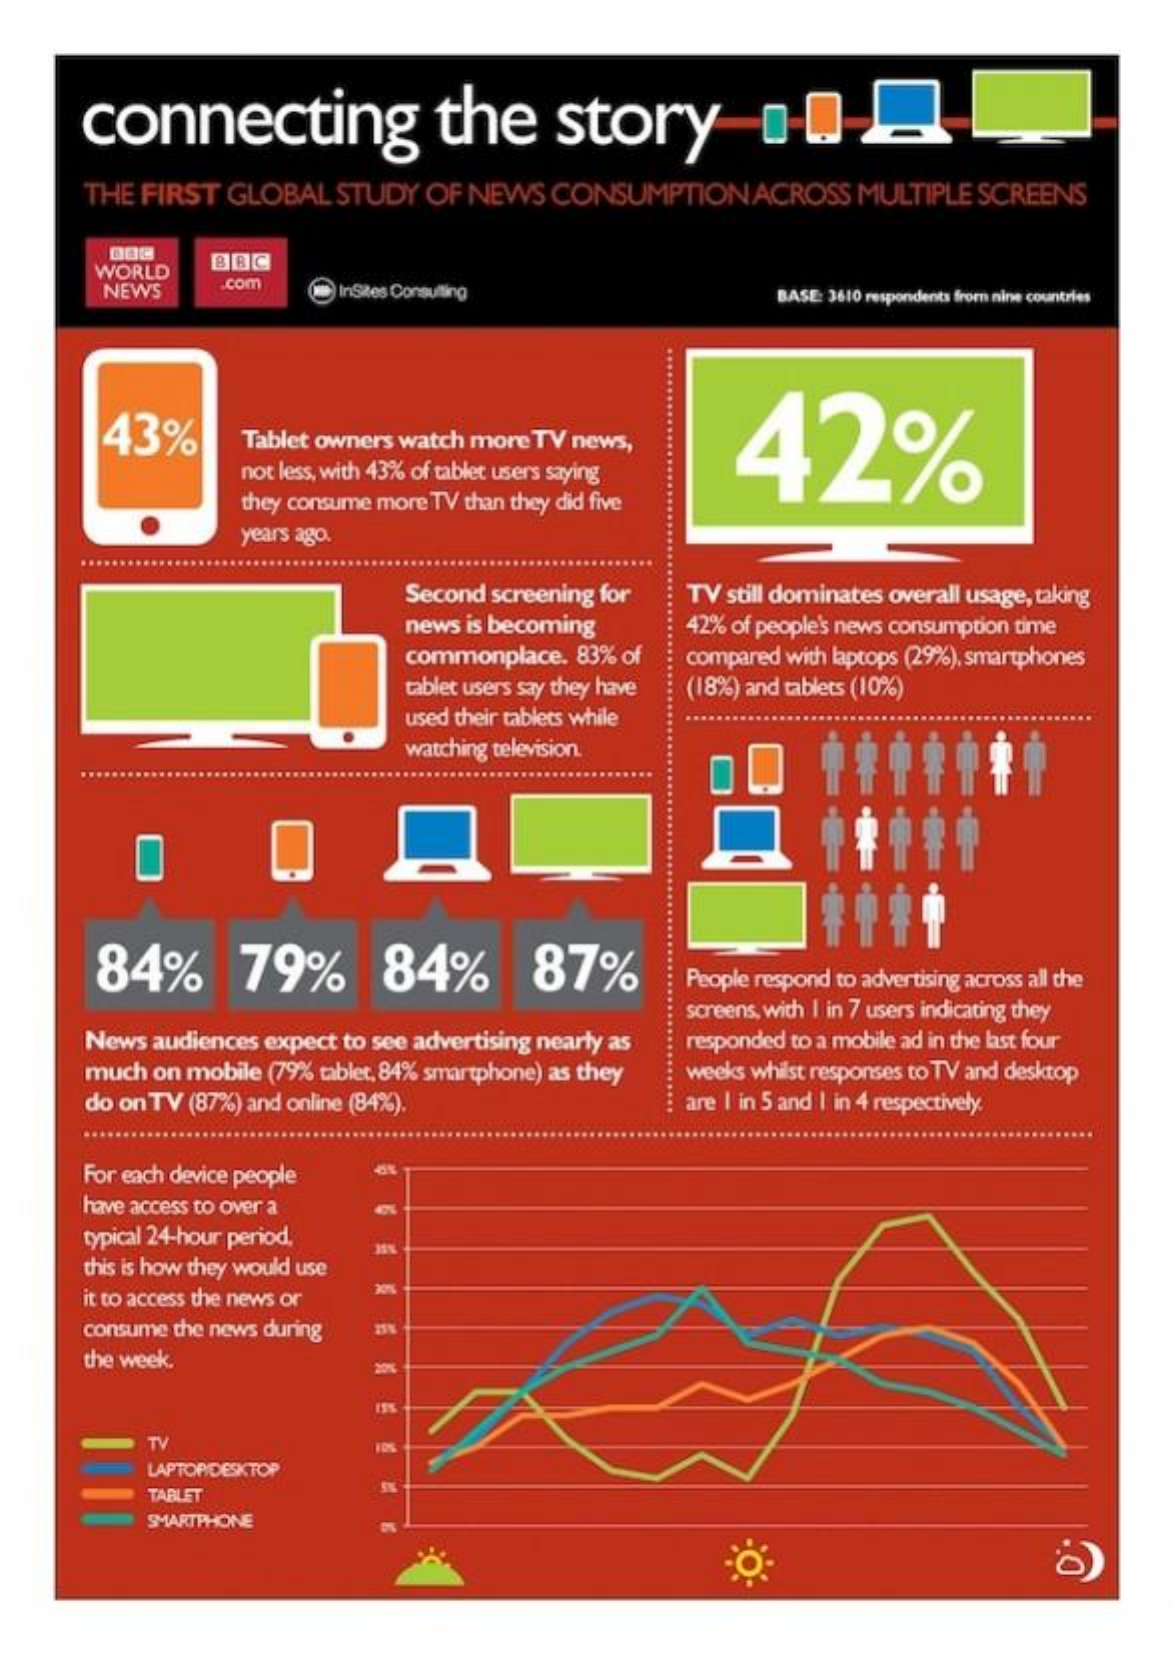
connecting    the    story    ---
     THE FIRST  GLOBAL  STUDY  OF NEWS   CONSUMPTION    ACROSS  MULTIPLE  SCREENS
     WORLD
     BBC
     NEWS
     com
     InSkes Consulting    BASE: 3610 respondents from nine countries
     ......................... 43% 42% Tablet owners watch more TV news,
     not less, with 43% of tablet users saying
     they consume more TV than they did five
     years ago.
     Second screening for TV still dominates overall usage, taking
     news is becoming    42% of people's news consumption time
     commonplace. 83% of  compared with laptops (29%), smartphones
     tablet users say they have (18%) and tablets (10%)
     used their tablets while
     watching television.
     .......................
     *****
     ........................
     84%    79%    84%    87%    People respond to advertising across all the
     News audiences expect to see advertising nearly as
     screens, with I in 7 users indicating they
     responded to a mobile ad in the last four
     much on mobile (79% tablet, 84% smartphone) as they weeks whilst responses to TV and desktop
     do on TV (87%) and online (84%).    are I in 5 and | in 4 respectively.
     For each device people
     have access to over a
     typical 24-hour period.
     this is how they would use
     it to access the news or
     consume the news during
     the week.
     TV
     LAPTOP/DESKTOP
     TABLET
     SMARTPHONE